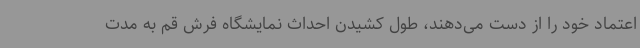
اعتماد خود را از دست می‌دهند، طول کشیدن احداث نمایشگاه فرش قم به مدت